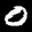
Label: 0